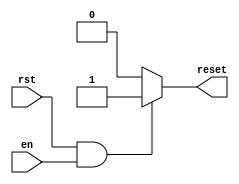
`timescale 1ns / 1ps
//////////////////////////////////////////////////////////////////////////////////
// Company: 
// Engineer: 
// 
// Design Name: 
// Module Name: reset_0
// Project Name: 
// Target Devices: 
// Tool Versions: 
// Description: 
// 
// Dependencies: 
// 
// Revision:
// Revision 0.01 - File Created
// Additional Comments:
// 
//////////////////////////////////////////////////////////////////////////////////


module reset_0(
input en,rst,
output reg reset
    );
     always @*
     begin
     if(rst&&en)
    
       reset<=1;
    
       else 
    
       reset<=0;
    
       end
endmodule